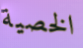
الخصية